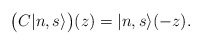
\begin{align*}\bigl(C|n,s\rangle\bigr)(z) =|n,s\rangle(-z).\end{align*}